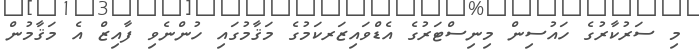
މި ސަރުކާރުގެ ހައުސިން މިނިސްޓަރުގެ އެޑްވައިޒަރކަމުގެ މަޤާމުގައި ހުންނެވި ފާއިޒް އެ މަޤާމުން